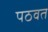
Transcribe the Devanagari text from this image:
पठवत